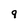
Character: 9